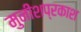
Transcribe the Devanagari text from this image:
मुनीशप्रकाश